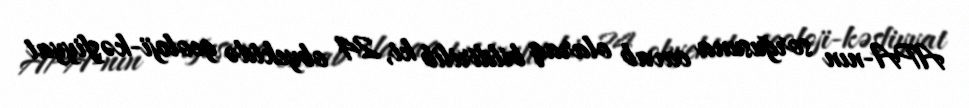
APA-nın sorğusuna cavab olaraq bildirilib ki, 24 obyektdə geoloji-kəşfiyyat